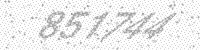
Solution: 851744